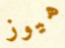
هيوز